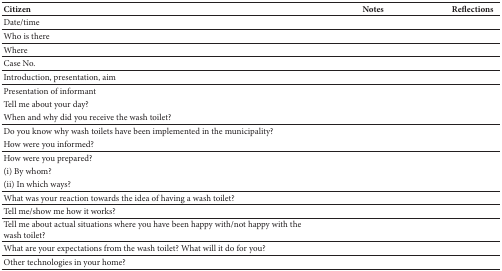
<table><thead><tr><td><b>Citizen</b></td><td><b>Notes</b></td><td><b>Reflections</b></td></tr></thead><tbody><tr><td>Date/time</td><td> </td><td> </td></tr><tr><td>Who is there</td><td> </td><td> </td></tr><tr><td>Where</td><td> </td><td> </td></tr><tr><td>Case No.</td><td> </td><td> </td></tr><tr><td>Introduction, presentation, aim</td><td> </td><td> </td></tr><tr><td>Presentation of informant</td><td rowspan="3"> </td><td rowspan="3"> </td></tr><tr><td>Tell me about your day?</td></tr><tr><td>When and why did you receive the wash toilet?</td></tr><tr><td>Do you know why wash toilets have been implemented in the municipality?</td><td rowspan="2"> </td><td rowspan="2"> </td></tr><tr><td>How were you informed?</td></tr><tr><td>How were you prepared?</td><td rowspan="3"> </td><td rowspan="3"> </td></tr><tr><td>(i) By whom?</td></tr><tr><td>(ii) In which ways?</td></tr><tr><td>What was your reaction towards the idea of having a wash toilet?</td><td> </td><td> </td></tr><tr><td>Tell me/show me how it works?</td><td> </td><td> </td></tr><tr><td>Tell me about actual situations where you have been happy with/not happy with the wash toilet?</td><td> </td><td> </td></tr><tr><td>What are your expectations from the wash toilet? What will it do for you?</td><td> </td><td> </td></tr><tr><td>Other technologies in your home?</td><td> </td><td> </td></tr></tbody></table>